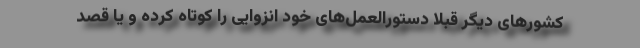
کشورهای دیگر قبلا دستورالعمل‌های خود انزوایی را کوتاه کرده و یا قصد